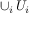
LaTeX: \cup _ { i } \, U _ { i }